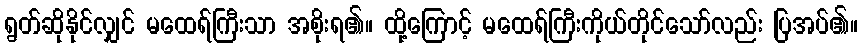
ရွတ်ဆိုနိုင်လျှင် မထေရ်ကြီးသာ အစိုးရ၏။ ထို့ကြောင့် မထေရ်ကြီးကိုယ်တိုင်သော်လည်း ပြအပ်၏။